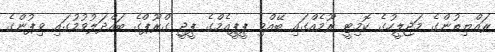
ރައްޔިތުންގެ މަޖިލީހުގެ ކޮމިޓީ ރޫމެއްގައި ބޭއްވި ޕީޕީއެމްގެ ޕީޖީ ގްރޫޕްގެ ބައްދަލުވުމުގައި ވިޕުންގެ